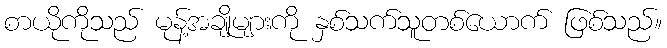
စာယိုကိုသည် မုန့်အချိုများကို နှစ်သက်သူတစ်ယောက် ဖြစ်သည်။